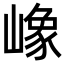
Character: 嶑